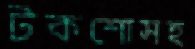
টকশোসহ